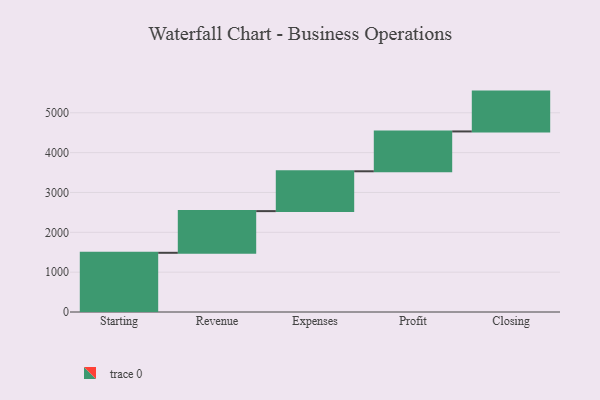
{"axis": {"x": "Step", "y": "Value"}, "legend": [""], "data": [{"x": "Starting", "y": 1486.0, "type": ""}, {"x": "Revenue", "y": 1046.0, "type": ""}, {"x": "Expenses", "y": 1000, "type": ""}, {"x": "Profit", "y": 1000, "type": ""}, {"x": "Closing", "y": 1000, "type": ""}]}